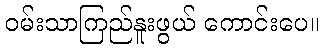
ဝမ်းသာကြည်နူးဖွယ် ကောင်းပေ။